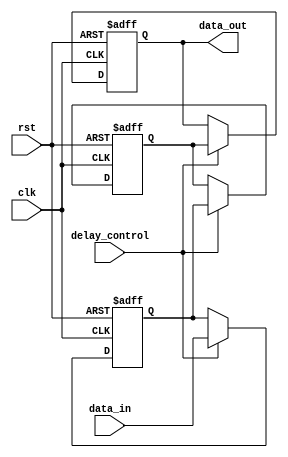
module rc_delay(
    input wire clk,
    input wire rst,
    input wire delay_control,
    input wire [7:0] data_in,
    output reg [7:0] data_out
);

reg [7:0] delay_element1;
reg [7:0] delay_element2;
reg [7:0] delay_element3;

always @(posedge clk or posedge rst) begin
    if (rst) begin
        delay_element1 <= 8'b0;
        delay_element2 <= 8'b0;
        delay_element3 <= 8'b0;
    end else begin
        if (delay_control) begin
            delay_element1 <= data_in;
            delay_element2 <= delay_element1;
            delay_element3 <= delay_element2;
        end
    end
end

assign data_out = delay_element3;

endmodule